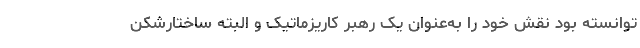
توانسته بود نقش خود را به‌عنوان یک رهبر کاریزماتیک و البته ساختارشکن